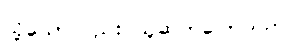
သို့သော်လည်း သူဆက်ပြောသည်။